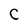
Character: C